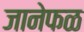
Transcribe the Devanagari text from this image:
जानेफळ